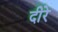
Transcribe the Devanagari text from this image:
दीरे